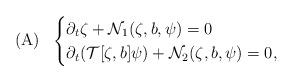
LaTeX: \begin{align*} (\mathrm{A}) \ \ \begin{cases} \partial_t \zeta + \mathcal{N}_1(\zeta,b,\psi) = 0\\ \partial_t (\mathcal{T}[\zeta, b]\psi) + \mathcal{N}_2(\zeta,b,\psi) = 0, \end{cases} \end{align*}